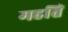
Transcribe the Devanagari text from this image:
महतिं